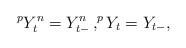
LaTeX: \begin{align*} ^pY^n_t=Y^n_{t-}\,,^pY_t=Y_{t-},\end{align*}